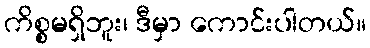
ကိစ္စမရှိဘူး၊ ဒီမှာ ကောင်းပါတယ်။